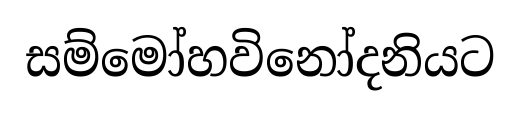
සම්මෝහවිනෝදනියට